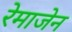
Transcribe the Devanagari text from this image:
रेमाजेन